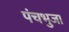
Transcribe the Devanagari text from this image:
पंचभुजा